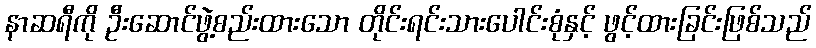
နာဆရီကို ဦးဆောင်ဖွဲ့စည်းထားသော တိုင်းရင်းသားပေါင်းစုံနှင့် ဖွင့်ထားခြင်းဖြစ်သည်